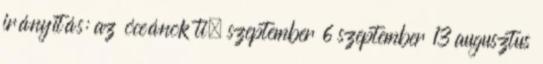
irányítás: az óceánok ti. szeptember 6 szeptember 13 augusztus